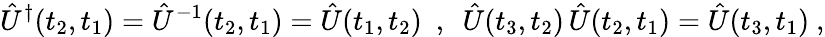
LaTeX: \hat{U}^{\dagger}(t_{2},t_{1})=\hat{U}^{-1}(t_{2},t_{1})=\hat{U}(t_{1},t_{2})\ \ ,\ \ \hat{U}(t_{3},t_{2})\, \hat{U}(t_{2},t_{1})=\hat{U}(t_{3},t_{1})\ ,